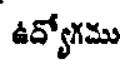
ఉద్యోగము